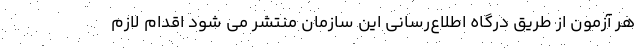
هر آزمون از طریق درگاه اطلاع‌رسانی این سازمان منتشر می شود اقدام لازم